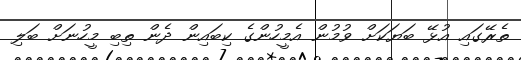
ތެރޭގައި އުޅޭ ބަޔަކަށް ވުމުން އެމީހުންގެ ކިބައިން ދެން ތިބި މީހުނަށް ބަލި